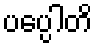
ပပ္ပေါတိ